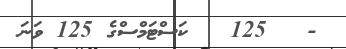
-   125   ކަސްޓަމްސްގެ 125 ވަނަ